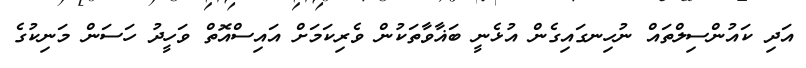
އަދި ކައުންސިލްތައް ނުހިނގައިގެން އުޅެނީ ބަޣާވާތަކުން ވެރިކަމަށް އައިސްއޮތް ވަހީދު ހަސަން މަނިކުގެ